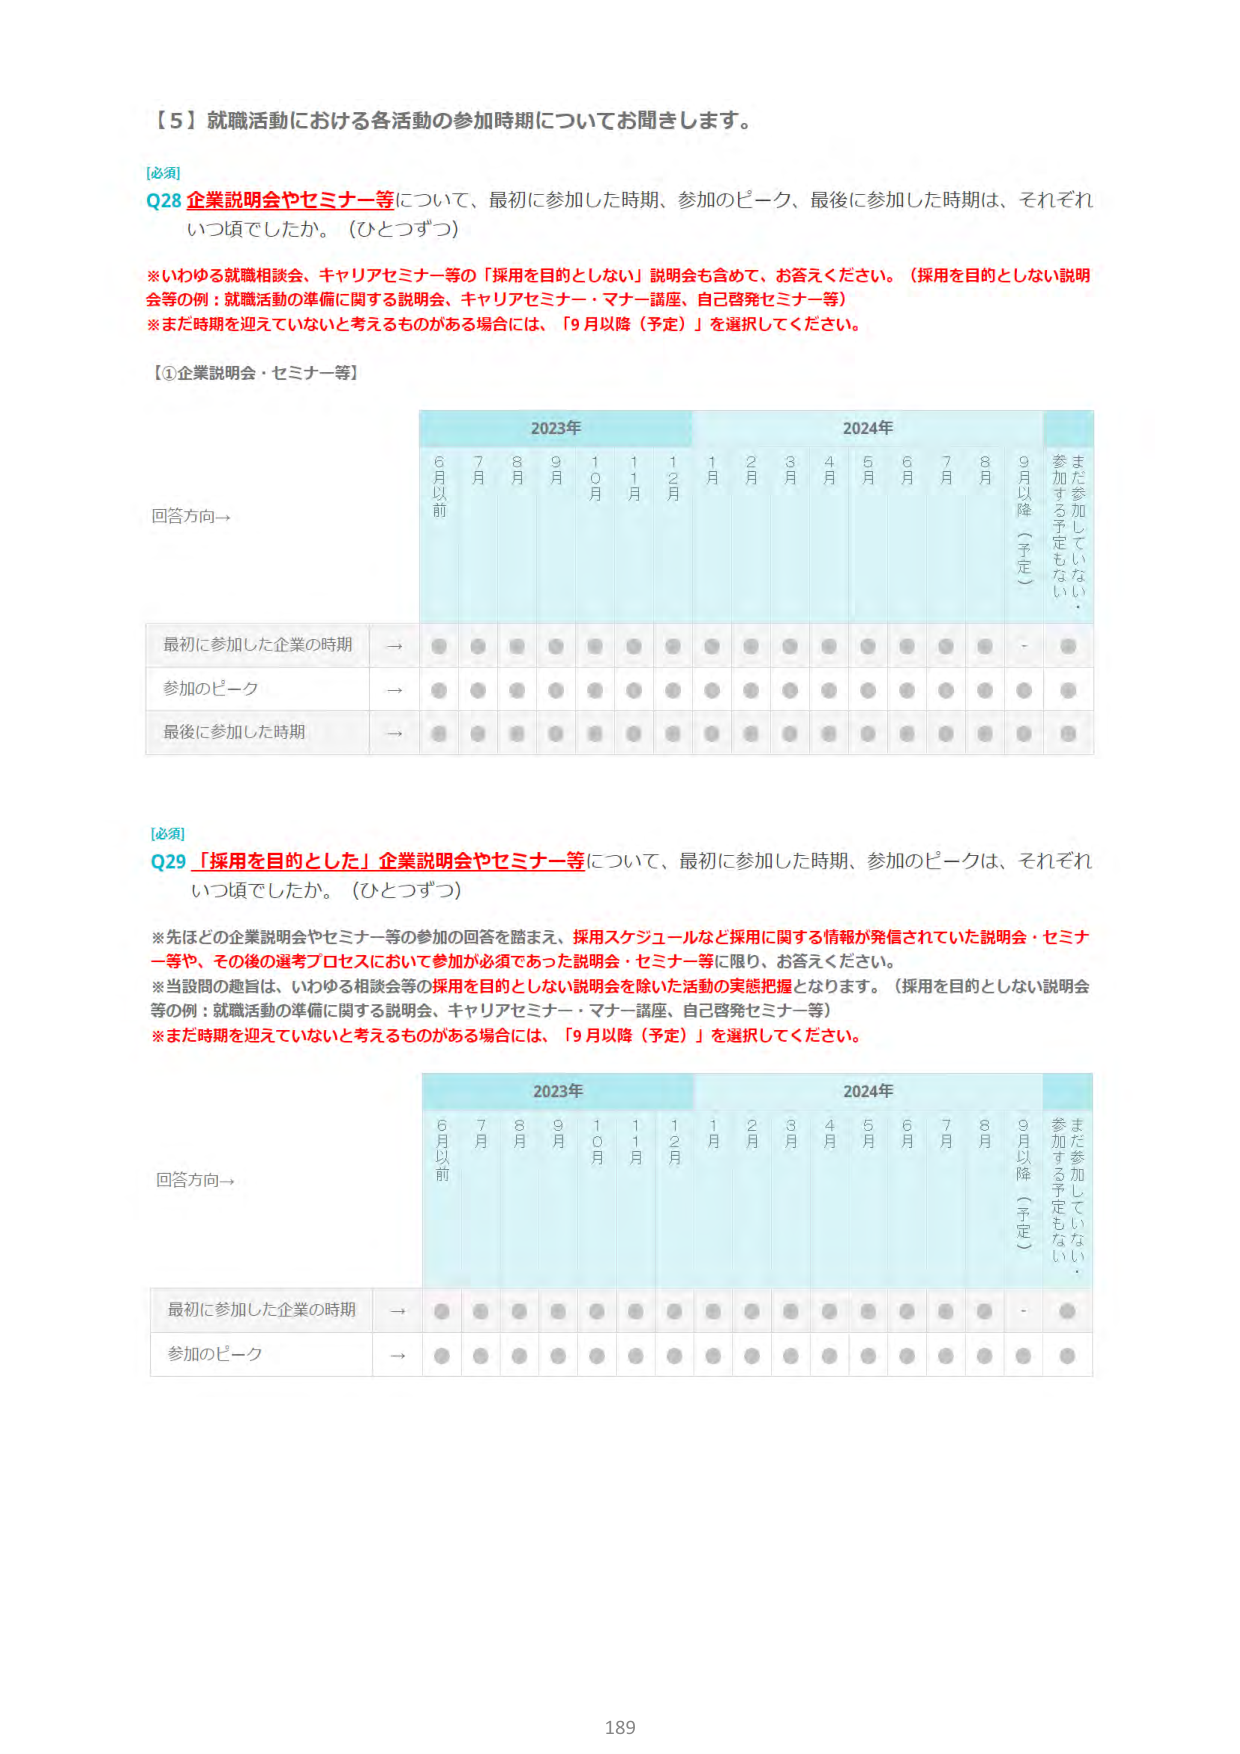
【５】就職活動における各活動の参加時期についてお聞きします。

[必須]
Q28 企業説明会やセミナー等について、最初に参加した時期、参加のピーク、最後に参加した時期は、それぞれいつ頃でしたか。（ひとつずつ）

※いわゆる就職相談会、キャリアセミナー等の「採用を目的としない」説明会も含めて、お答えください。（採用を目的としない説明会等の例：就職活動の準備に関する説明会、キャリアセミナー・マナー講座、自己啓発セミナー等）
※まだ時期を迎えていないと考えるものがある場合には、「9月以降（予定）」を選択してください。

【①企業説明会・セミナー等】

2023年
6月以前 7月 8月 9月 10月 11月 12月
2024年
1月 2月 3月 4月 5月 6月 7月 8月 9月以降（予定）
まだ参加していない・参加する予定もない

回答方向→

最初に参加した企業の時期 → ● ● ● ● ● ● ● ● ● ● ● ● ● ● ● ● ●
参加のピーク → ● ● ● ● ● ● ● ● ● ● ● ● ● ● ● ● ●
最後に参加した時期 → ● ● ● ● ● ● ● ● ● ● ● ● ● ● ● ● ●

[必須]
Q29 「採用を目的とした」企業説明会やセミナー等について、最初に参加した時期、参加のピークは、それぞれいつ頃でしたか。（ひとつずつ）

※先ほどの企業説明会やセミナー等の参加の回答を踏まえ、採用スケジュールなど採用に関する情報が発信されていた説明会・セミナー等や、その後の選考プロセスにおいて参加が必須であった説明会・セミナー等に限り、お答えください。
※当設問の趣旨は、いわゆる相談会等の採用を目的としない説明会を除いた活動の実態把握となります。（採用を目的としない説明会等の例：就職活動の準備に関する説明会、キャリアセミナー・マナー講座、自己啓発セミナー等）
※まだ時期を迎えていないと考えるものがある場合には、「9月以降（予定）」を選択してください。

2023年
6月以前 7月 8月 9月 10月 11月 12月
2024年
1月 2月 3月 4月 5月 6月 7月 8月 9月以降（予定）
まだ参加していない・参加する予定もない

回答方向→

最初に参加した企業の時期 → ● ● ● ● ● ● ● ● ● ● ● ● ● ● ● ● ●
参加のピーク → ● ● ● ● ● ● ● ● ● ● ● ● ● ● ● ● ●

189